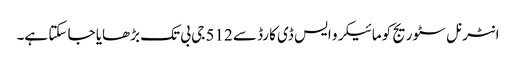
انٹرنل سٹوریج کو مائیکرو ایس ڈی کارڈ سے 512 جی بی تک بڑھایا جا سکتا ہے۔